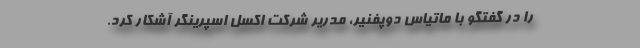
را در گفتگو با ماتیاس دوپفنیر، مدریر شرکت اکسل اسپرینگر آشکار کرد.